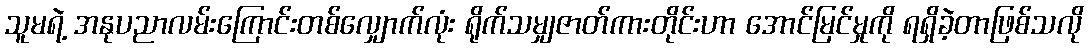
သူမရဲ့ အနုပညာလမ်းကြောင်းတစ်လျှောက်လုံး ရိုက်သမျှဇာတ်ကားတိုင်းဟာ အောင်မြင်မှုကို ရရှိခဲ့တာဖြစ်သလို